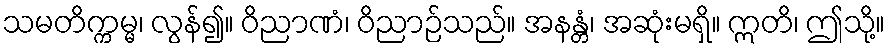
သမတိက္ကမ္မ၊ လွန်၍။ ဝိညာဏံ၊ ဝိညာဉ်သည်။ အနန္တံ၊ အဆုံးမရှိ။ ဣတိ၊ ဤသို့။